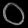
Digit: ၀